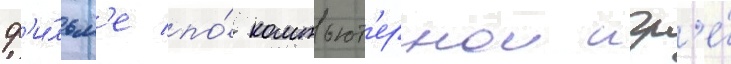
ф'и́льм'е по́ компьют'ернои игр'е́